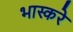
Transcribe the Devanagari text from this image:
भास्करे